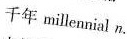
千年millennial n.